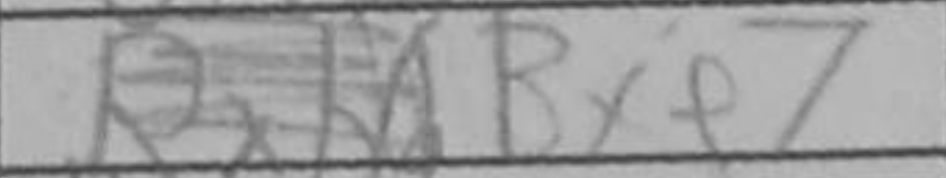
Transcription: Bxe7